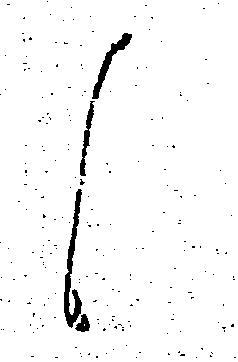
候